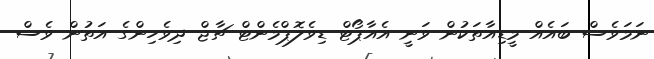
ނަމަވެސް ބައެއް މީޑިއާތަކުން ވަނީ އެއާޕޯޓް ޑިވެލޮޕްމެންޓް ޗާޖް ދިވެހިންގެ އަތުން ވެސް